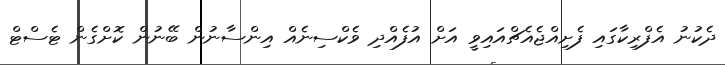
ދެކުނު އެފްރިކާގައި ފެށިއްޖެއެޗްއައިވީ އަށް އުފެއްދި ވެކްސިނެއް އިންސާނުން ބޭނުން ކޮށްގެން ޓެސްޓް